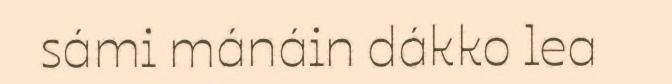
sámi mánáin dákko lea